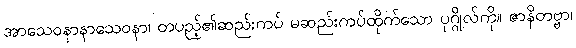
အာသေဝနာနာသေဝနာ၊ တပည့်၏ဆည်းကပ် မဆည်းကပ်ထိုက်သော ပုဂ္ဂိုလ်ကို။ ဇာနိတဗ္ဗာ၊